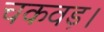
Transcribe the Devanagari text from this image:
चकवड़।